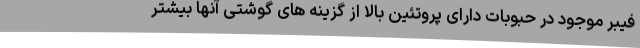
فیبر موجود در حبوبات دارای پروتئین بالا از گزینه های گوشتی آنها بیشتر